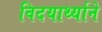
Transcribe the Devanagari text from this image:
विदयार्थ्‍याने